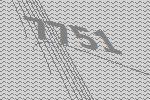
7751